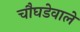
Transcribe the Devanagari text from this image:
चौघडेवाले